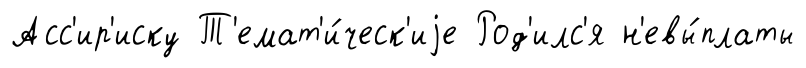
Асс'ир'иску Т'емат'и́ческ'иjе Род'илс'я н'евы́платы